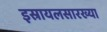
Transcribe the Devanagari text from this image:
इस्रायलसारख्या